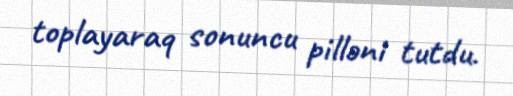
toplayaraq sonuncu pilləni tutdu.